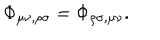
\Phi _ { \mu \nu , \rho \sigma } = \Phi _ { \rho \sigma , \mu \nu } .